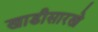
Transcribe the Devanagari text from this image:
खाडीसारखे